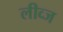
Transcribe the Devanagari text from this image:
लीव्ज